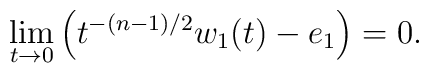
\lim_{t\rightarrow 0}\left(t^{-(n-1)/2}w_1(t)-e_1\right)=0.